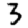
Digit: 3